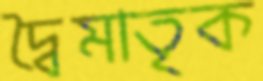
দ্বৈমাতৃক